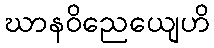
ဃာနဝိညေယျေဟိ